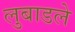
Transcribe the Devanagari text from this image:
लुबाडले